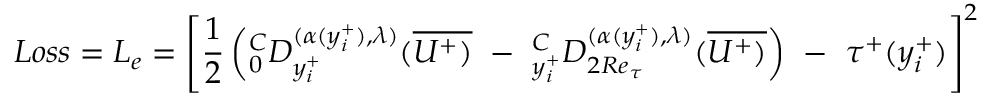
L o s s = L _ { e } = \left[ { \frac { 1 } { 2 } } \left( _ { 0 } ^ { C } D _ { y _ { i } ^ { + } } ^ { ( \alpha ( y _ { i } ^ { + } ) , \lambda ) } ( \overline { { U ^ { + } ) } } ~ - ~ _ { y _ { i } ^ { + } } ^ { C } D _ { 2 R e _ { \tau } } ^ { { ( \alpha ( y _ { i } ^ { + } ) , \lambda ) } } ( \overline { { U ^ { + } ) } } \right) ~ - ~ \tau ^ { + } ( y _ { i } ^ { + } ) \right] ^ { 2 }